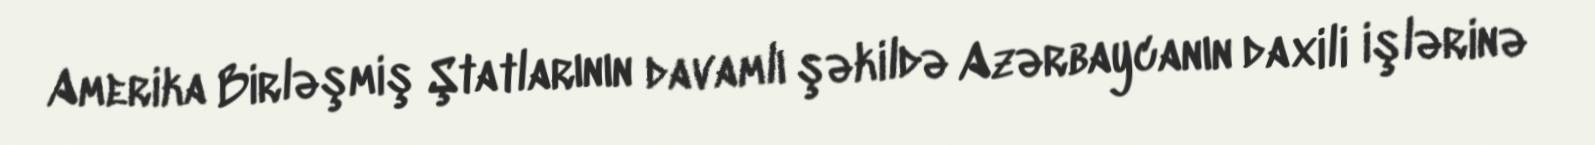
Amerika Birləşmiş Ştatlarının davamlı şəkildə Azərbaycanın daxili işlərinə